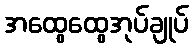
အထွေထွေအုပ်ချုပ်